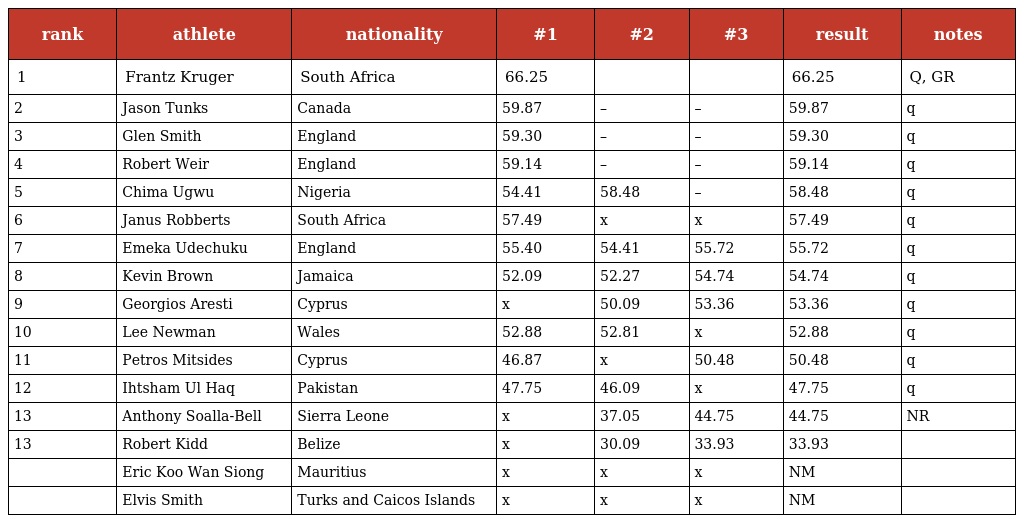
| rank | athlete | nationality | #1 | #2 | #3 | result | notes |
 | --- | --- | --- | --- | --- | --- | --- | --- |
 | 1 | Frantz Kruger | South Africa | 66.25 |  |  | 66.25 | Q, GR |
 | 2 | Jason Tunks | Canada | 59.87 | – | – | 59.87 | q |
 | 3 | Glen Smith | England | 59.30 | – | – | 59.30 | q |
 | 4 | Robert Weir | England | 59.14 | – | – | 59.14 | q |
 | 5 | Chima Ugwu | Nigeria | 54.41 | 58.48 | – | 58.48 | q |
 | 6 | Janus Robberts | South Africa | 57.49 | x | x | 57.49 | q |
 | 7 | Emeka Udechuku | England | 55.40 | 54.41 | 55.72 | 55.72 | q |
 | 8 | Kevin Brown | Jamaica | 52.09 | 52.27 | 54.74 | 54.74 | q |
 | 9 | Georgios Aresti | Cyprus | x | 50.09 | 53.36 | 53.36 | q |
 | 10 | Lee Newman | Wales | 52.88 | 52.81 | x | 52.88 | q |
 | 11 | Petros Mitsides | Cyprus | 46.87 | x | 50.48 | 50.48 | q |
 | 12 | Ihtsham Ul Haq | Pakistan | 47.75 | 46.09 | x | 47.75 | q |
 | 13 | Anthony Soalla-Bell | Sierra Leone | x | 37.05 | 44.75 | 44.75 | NR |
 | 13 | Robert Kidd | Belize | x | 30.09 | 33.93 | 33.93 |  |
 |  | Eric Koo Wan Siong | Mauritius | x | x | x | NM |  |
 |  | Elvis Smith | Turks and Caicos Islands | x | x | x | NM |  |